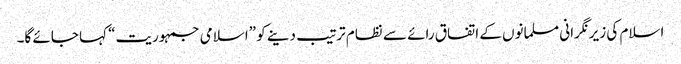
اسلام کی زیرنگرانی مسلمانوں کے اتفاق رائے سے نظام ترتیب دینے کو ”اسلامی جمہوریت“ کہا جائے گا۔